Civil Veterinary Dept. Assam report 1927-50 - 1927-1950
Year: 1927
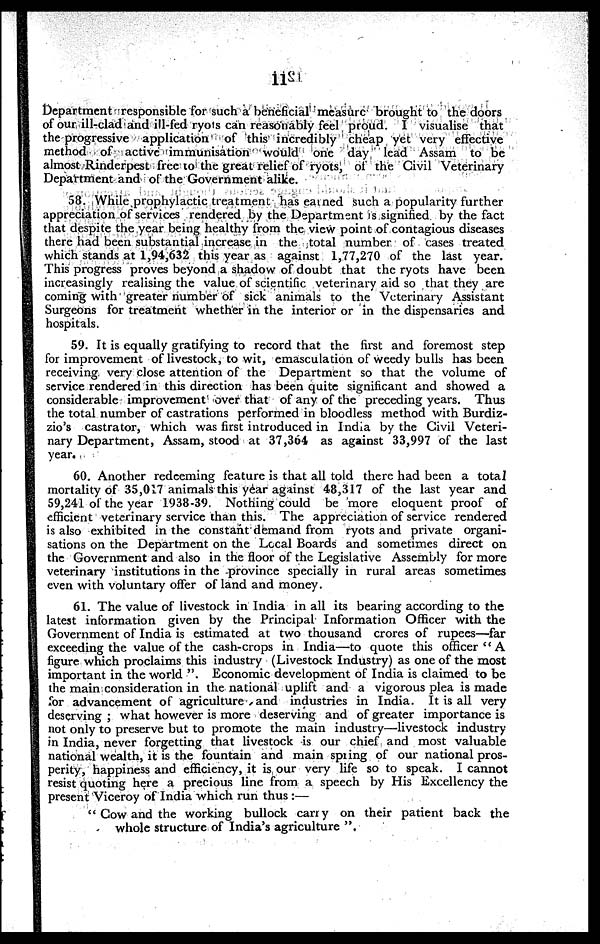
11
Department responsible for such a beneficial measure brought to the doors
of our ill-clad and ill-fed ryots can reasonably feel proud. I visualise that
the progressive application of this incredibly cheap yet very effective
method of active immunisation would one day lead Assam to be
almost Rinderpest free to the great relief of ryots, of the Civil Veterinary
Department and of the Government alike.
58. While prophylactic treatment has earned such a popularity further
appreciation of services rendered by the Department is signified by the fact
that despite the year being healthy from the view point of contagious diseases
there had been substantial increase in the total number of cases treated
which stands at 1,94,632 this year as against 1,77,270 of the last year.
This progress proves beyond a shadow of doubt that the ryots have been
increasingly realising the value of scientific veterinary aid so that they are
coming with greater number of sick animals to the Veterinary Assistant
Surgeons for treatment whether in the interior or in the dispensaries and
hospitals.
59. It is equally gratifying to record that the first and foremost step
for improvement of livestock, to wit, emasculation of weedy bulls has been
receiving very close attention of the Department so that the volume of
service rendered in this direction has been quite significant and showed a
considerable improvement over that of any of the preceding years. Thus
the total number of castrations performed in bloodless method with Burdiz-
zio's castrator, which was first introduced in India by the Civil Veteri-
nary Department, Assam, stood at 37,364 as against 33,997 of the last
year.
60. Another redeeming feature is that ail told there had been a total
mortality of 35,017 animals this year against 48,317 of the last year and
59,241 of the year 1938-39. Nothing could be more eloquent proof of
efficient veterinary service than this. The appreciation of service rendered
is also exhibited in the constant demand from ryots and private organi-
sations on the Department on the Local Boards and sometimes direct on
the Government and also in the floor of the Legislative Assembly for more
veterinary institutions in the province specially in rural areas sometimes
even with voluntary offer of land and money.
61. The value of livestock in India in all its bearing according to the
latest information given by the Principal Information Officer with the
Government of India is estimated at two thousand crores of rupees—far
exceeding the value of the cash-crops in India—to quote this officer "A
figure which proclaims this industry (Livestock Industry) as one of the most
important in the world ". Economic development of India is claimed to be
the main consideration in the national uplift and a vigorous plea is made
for advancement of agriculture and industries in India. It is all very
deserving ; what however is more deserving and of greater importance is
not only to preserve but to promote the main industry—livestock industry
in India, never forgetting that livestock is our chief and most valuable
national wealth, it is the fountain and main spring of our national pros-
perity, happiness and efficiency, it is our very life so to speak. I cannot
resist quoting here a precious line from a speech by His Excellency the
present Viceroy of India which run thus :—
" Cow and the working bullock carry on their patient back the
whole structure of India's agriculture ".